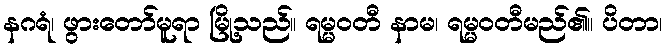
နဂရံ၊ ဖွားတော်မူရာ မြို့သည်။ ရမ္မဝတီ နာမ၊ ရမ္မဝတီမည်၏။ ပိတာ၊